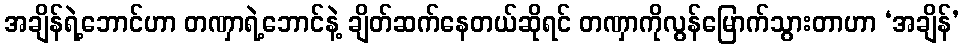
အချိန်ရဲ့ဘောင်ဟာ တဏှာရဲ့ဘောင်နဲ့ ချိတ်ဆက်နေတယ်ဆိုရင် တဏှာကိုလွန်မြောက်သွားတာဟာ ‘အချိန်’